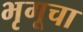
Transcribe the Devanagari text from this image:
भृगूचा